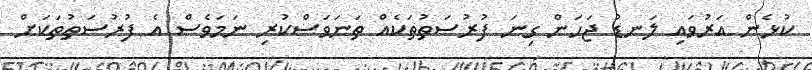
ކުޅެން އަރުވައި ލަނޑު ޖަހަން ގިނަ ފުރުސަތުތަކެއް ތަނަވަސްކުރި ނަމަވެސް އެ ފުރުސަތުތަކަށް